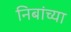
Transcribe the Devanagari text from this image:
निबांच्या